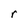
Character: r